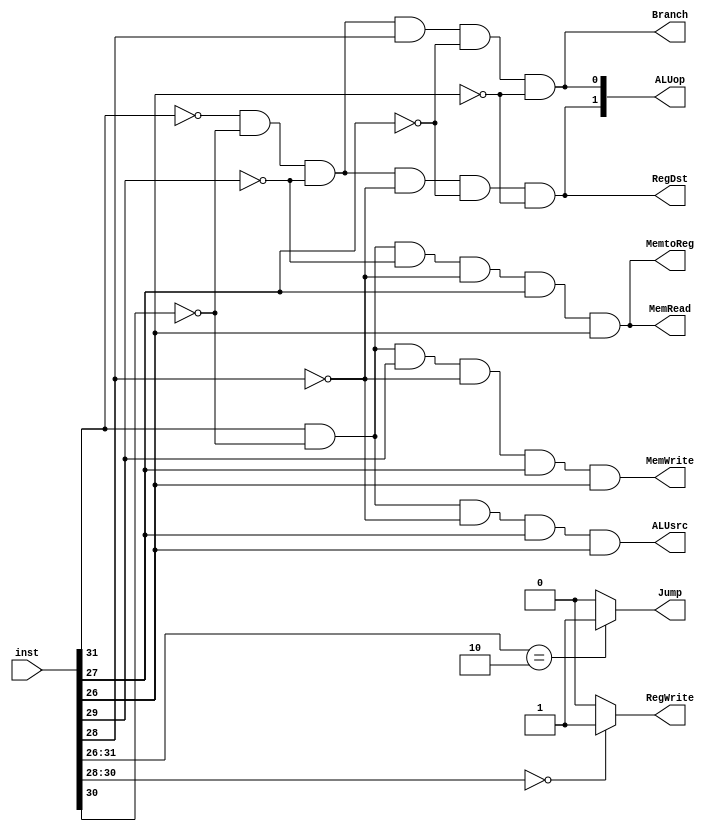
`timescale 1ns / 1ps
//////////////////////////////////////////////////////////////////////////////////
// Company: 
// Engineer: 
// 
// Design Name: 
// Module Name:    CtrlU 
// Project Name: 
// Target Devices: 
// Tool versions: 
// Description: 
//
// Dependencies: 
//
// Revision: 
// Revision 0.01 - File Created
// Additional Comments: 
//
//////////////////////////////////////////////////////////////////////////////////
module CtrlUe(input [31:0] inst,output  RegDst,output  ALUsrc,output MemtoReg,output RegWrite,output  MemRead,output  MemWrite,output  Branch,output  [1:0] ALUop,output  Jump
    );
	assign Jump=(inst[31:26]==6'b000010)?1'b1:1'b0;
	// assign RegDst = (inst[31:26]==6'b0)?1:0;
	// assign ALUsrc = (inst[31:26]==6'b100011|inst[31:26]==6'b101011)?1:0;
	// assign MemtoReg = (inst[31:26]==6'b100011)?1:0;
	assign RegWrite = (inst[30:28]==3'b000)?1:0;
	wire [5:0]OP;
	assign OP = inst[31:26];

	and (RegDst, ~OP[5],~OP[4],~OP[3],~OP[2],~OP[1],~OP[0]);
	and (ALUsrc, OP[5],~OP[4], ~OP[2], OP[1], OP[0]);
	and (MemtoReg, OP[5],~OP[4],~OP[3],~OP[2], OP[1], OP[0]);
	//and (RegWrite, ~OP[4],~OP[3],~OP[2],~OP[1] );
	and (MemRead, OP[5],~OP[4],~OP[3],~OP[2], OP[1], OP[0]);
	and (MemWrite, OP[5],~OP[4], OP[3],~OP[2], OP[1], OP[0]);
	and (Branch, ~OP[5],~OP[4],~OP[3], OP[2],~OP[1],~OP[0]);
	and (ALUop[1], ~OP[5],~OP[4],~OP[3],~OP[2],~OP[1],~OP[0]);
	and (ALUop[0], ~OP[5],~OP[4],~OP[3], OP[2],~OP[1],~OP[0]);

endmodule